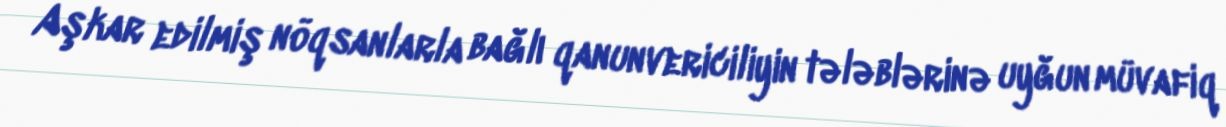
Aşkar edilmiş nöqsanlarla bağlı qanunvericiliyin tələblərinə uyğun müvafiq